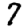
Digit: 7